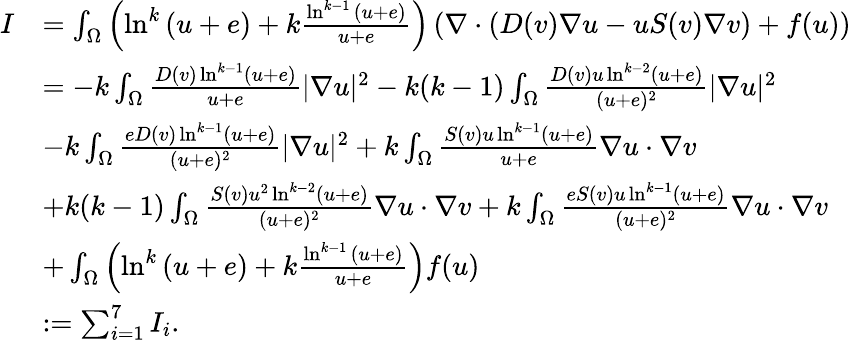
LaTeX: \begin{array}{rl}{I}&{=\int_{\Omega}\left(\ln^{k}{(u+e)}+k\frac{\ln^{k-1}{(u+e)}}{u+e}\right)\left(\nabla\cdot\left(D(v)\nabla u-uS(v)\nabla v\right)+f(u)\right)}\\ &{=-k\int_{\Omega}\frac{D(v)\ln^{k-1}(u+e)}{u+e}|\nabla u|^{2}-k(k-1)\int_{\Omega}\frac{D(v)u\ln^{k-2}(u+e)}{(u+e)^{2}}|\nabla u|^{2}}\\ &{-k\int_{\Omega}\frac{eD(v)\ln^{k-1}(u+e)}{(u+e)^{2}}|\nabla u|^{2}+k\int_{\Omega}\frac{S(v)u\ln^{k-1}(u+e)}{u+e}\nabla u\cdot\nabla v}\\ &{+k(k-1)\int_{\Omega}\frac{S(v)u^{2}\ln^{k-2}(u+e)}{(u+e)^{2}}\nabla u\cdot\nabla v+k\int_{\Omega}\frac{eS(v)u\ln^{k-1}(u+e)}{(u+e)^{2}}\nabla u\cdot\nabla v}\\ &{+\int_{\Omega}\left(\ln^{k}{(u+e)}+k\frac{\ln^{k-1}{(u+e)}}{u+e}\right)f(u)}\\ &{:=\sum_{i=1}^{7}I_{i}.}\end{array}